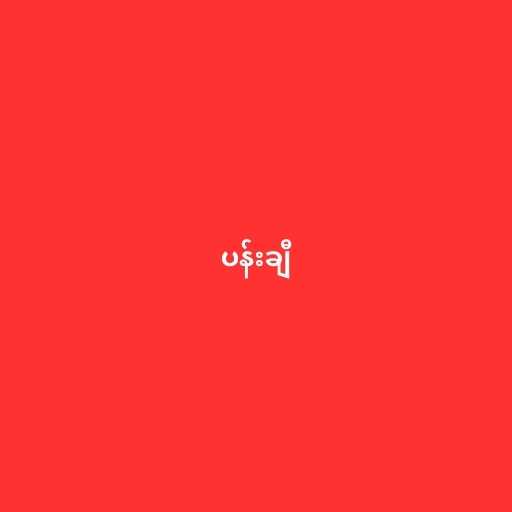
ပန်းချီ